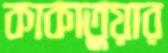
কাকাতুয়ার